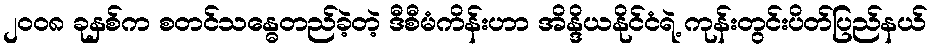
၂၀၀၈ ခုနှစ်က စတင်သန္ဓေတည်ခဲ့တဲ့ ဒီစီမံကိန်းဟာ အိန္ဒိယနိုင်ငံရဲ့ ကုန်းတွင်းပိတ်ပြည်နယ်